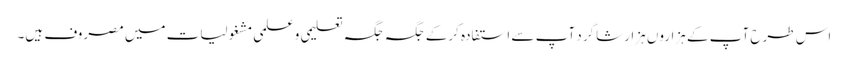
اس طرح آپ کے ہزاروں ہزار شاگرد آپ سے استفادہ کرکے جگہ جگہ تعلیمی وعلمی مشغولیات میں مصروف ہیں۔